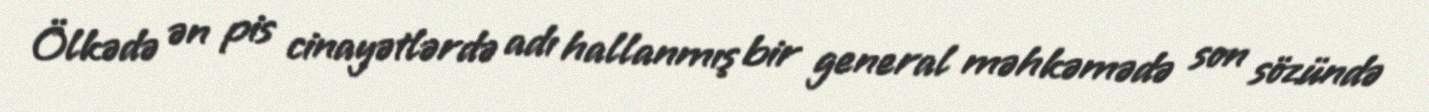
Ölkədə ən pis cinayətlərdə adı hallanmış bir general məhkəmədə son sözündə